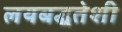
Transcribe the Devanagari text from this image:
लयबद्धतेशी